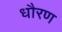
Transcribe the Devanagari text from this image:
धौरण